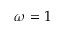
\omega = 1